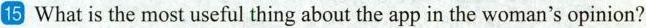
15 What is the most useful thing about the app in the woman's opinion?